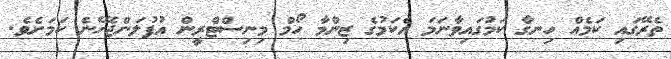
ތެރޭގައި ކަމެއް ހިނގާ ކަމުގައިވާނަމަ އެކަމުގެ ޒިންމާ ހޯމް މިނިސްޓްރީން އުފުލަންޖެހޭނެ ކަމަށެވެ.